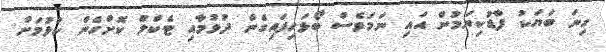
ގިނަ ބަޔަކު ފާޑުކިޔަމުން އައި ނަމަވެސް ބޯޅަހިފައިގެން ދުވުމާއި ޓެކްލް ކޮށްގެން ކުޅުމަށް